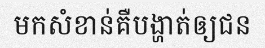
មកសំខាន់គឺបង្ហាត់ឲ្យជន